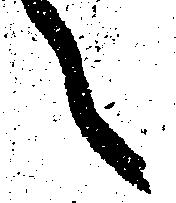
々